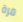
مرة